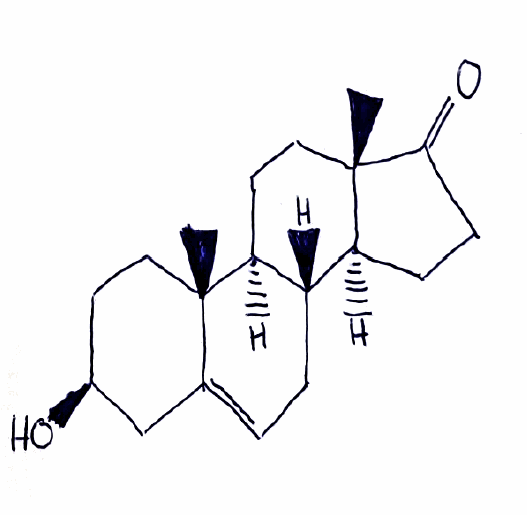
Simplified molecular-input line-entry system (SMILES) notation of the given molecule:
C[C@]12CC[C@H]3[C@H]([C@@H]1CCC2=O)CC=C4[C@@]3(CC[C@@H](C4)O)C